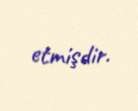
etmişdir.